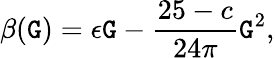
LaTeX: \beta(\mathtt{G})=\epsilon\mathtt{G}-\frac{{25-c}}{{24\pi}}\mathtt{G}^{2},